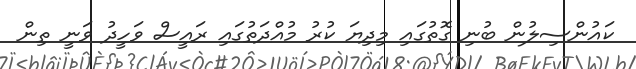
ކައުންސިލުން ބުނި ގޮތުގައި މިދިޔަ ކުރު މުއްދަތުގައި ރައީސް ވަހީދު ވަނީ ތިން